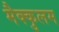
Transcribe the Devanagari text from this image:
मैक्कुलम